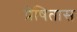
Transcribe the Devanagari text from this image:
प्रेषितास